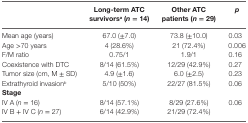
<table><thead><tr><td></td><td><b>Long-term ATC survivors<sup>a</sup> (<i>n</i> = 14)</b></td><td><b>Other ATC patients (<i>n</i> = 29)</b></td><td><b><i>p</i></b></td></tr></thead><tbody><tr><td>Mean age (years)</td><td>67.0 (±7.0)</td><td>73.8 (±10.0)</td><td>0.03</td></tr><tr><td>Age &gt;70 years</td><td>4 (28.6%)</td><td>21 (72.4%)</td><td>0.006</td></tr><tr><td>F/M ratio</td><td>0.75/1</td><td>1.9/1</td><td>0.16</td></tr><tr><td>Coexistence with DTC</td><td>8/14 (61.5%)</td><td>12/29 (42.9%)</td><td>0.27</td></tr><tr><td>Tumor size (cm, M ± SD)</td><td>4.9 (±1.6)</td><td>6.0 (±2.5)</td><td>0.23</td></tr><tr><td>Extrathyroid invasion<sup>b</sup></td><td>5/10 (50%)</td><td>22/27 (81.5%)</td><td>0.06</td></tr><tr><td><b>Stage</b></td><td></td><td></td><td></td></tr><tr><td>IV A (<i>n</i> = 16)</td><td>8/14 (57.1%)</td><td>8/29 (27.6%)</td><td>0.06</td></tr><tr><td>IV B + IV C (<i>n</i> = 27)</td><td>6/14 (42.9%)</td><td>21/29 (72.4%)</td><td></td></tr></tbody></table>